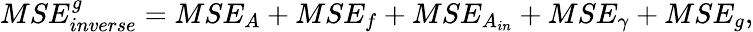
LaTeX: MSE_{inverse}^{g}=MSE_{A}+MSE_{f}+MSE_{A_{in}}+MSE_{\gamma}+MSE_{g},